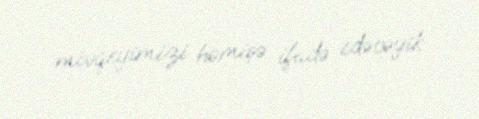
mövqeyimizi həmişə ifadə edəcəyik.